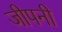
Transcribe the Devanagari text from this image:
जीपनी